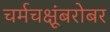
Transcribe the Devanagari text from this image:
चर्मचक्षूंबरोबर